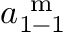
a _ { 1 - 1 } ^ { \mathrm { ~ m ~ } }